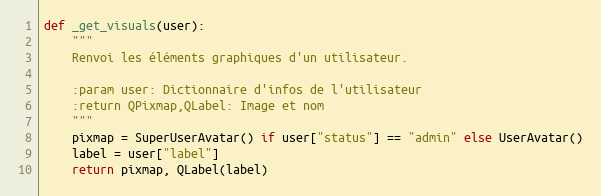
Language: Python
def _get_visuals(user):
    """
    Renvoi les éléments graphiques d'un utilisateur.

    :param user: Dictionnaire d'infos de l'utilisateur
    :return QPixmap,QLabel: Image et nom
    """
    pixmap = SuperUserAvatar() if user["status"] == "admin" else UserAvatar()
    label = user["label"]
    return pixmap, QLabel(label)